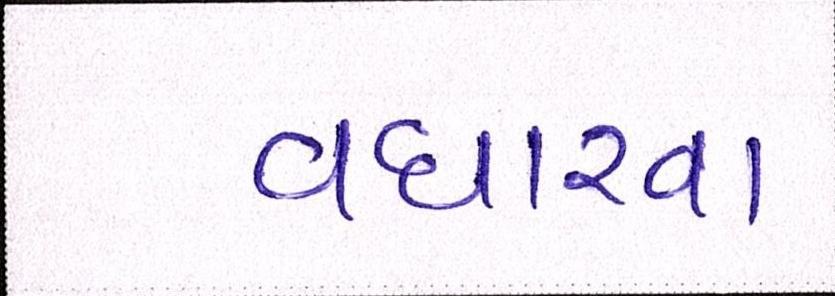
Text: વધારવા